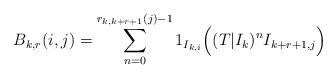
LaTeX: \begin{align*}B_{k,r}(i,j) = \sum_{n=0}^{r_{k,k+r+1}(j) - 1} 1_{I_{k,i}} \Big( (T|I_k)^n I_{k+r+1,j} \Big)\end{align*}